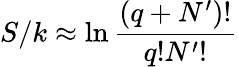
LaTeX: S/k\approx\ln{\frac{\left(q+N^{\prime}\right)!}{q!N^{\prime}!}}